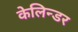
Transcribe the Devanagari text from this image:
केलिन्डर